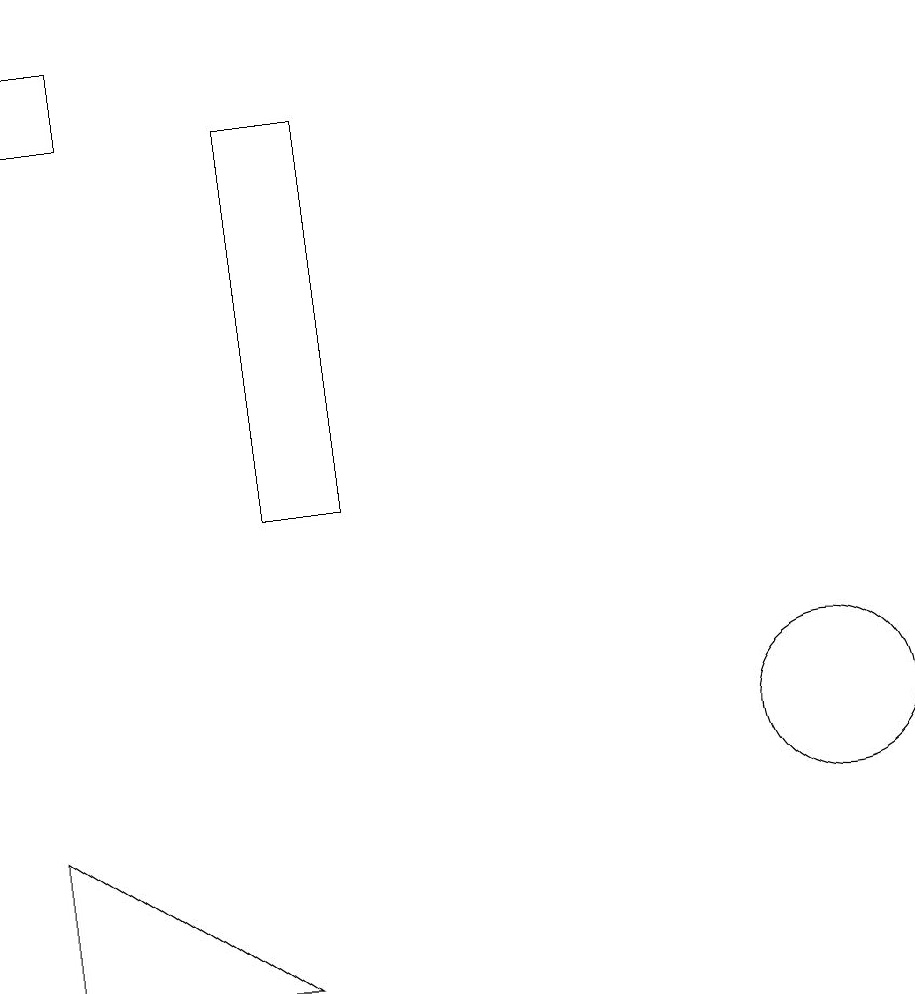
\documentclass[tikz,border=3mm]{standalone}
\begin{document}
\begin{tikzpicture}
\draw (5,14) rectangle (5,14);
\draw (1,18) rectangle (0,19);
\draw (3,7) -- (0,7) -- (0,9) -- cycle;
\draw (10,10) circle (1);
\draw (3,18) rectangle (4,13);
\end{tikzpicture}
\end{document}